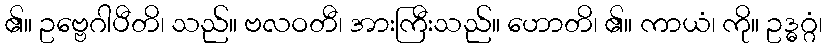
၏။ ဥဗ္ဗေဂါပီတိ၊ သည်။ ဗလဝတီ၊ အားကြီးသည်။ ဟောတိ၊ ၏။ ကာယံ၊ ကို။ ဥဒ္ဓဂ္ဂံ၊